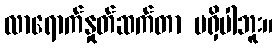
လာရောက်နှုတ်ဆက်တာ မရှိပါဘူး။